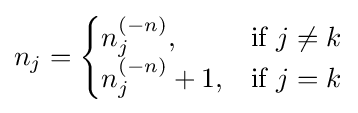
n_{j}={\begin{cases}n_{j}^{(-n)},&{\text{if }}j\not =k\\n_{j}^{(-n)}+1,&{\text{if }}j=k\end{cases}}